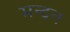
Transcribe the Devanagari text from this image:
मन्दन